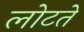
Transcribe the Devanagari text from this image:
लोटते